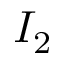
I _ { 2 }